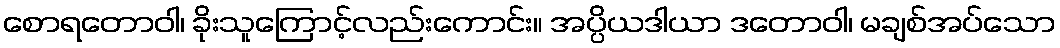
စောရတောဝါ၊ ခိုးသူကြောင့်လည်းကောင်း။ အပ္ပိယဒါယာ ဒတောဝါ၊ မချစ်အပ်သော